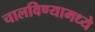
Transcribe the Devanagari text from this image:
चालविण्यामध्ये